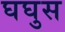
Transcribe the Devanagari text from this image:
घघुस